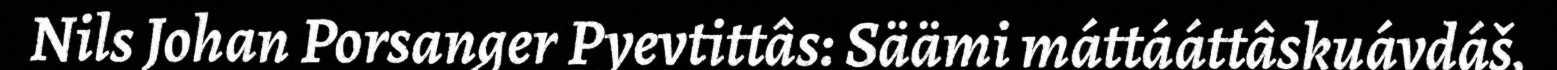
Nils Johan Porsanger Pyevtittâs: Säämi máttááttâskuávdáš,